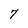
Character: 7